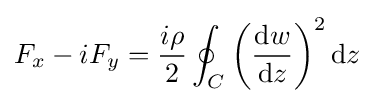
F_{x}-iF_{y}={\frac {i\rho }{2}}\oint _{C}\left({\frac {\mathrm {d} w}{\mathrm {d} z}}\right)^{2}\mathrm {d} z